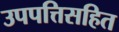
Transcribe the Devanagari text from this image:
उपपत्तिसहित